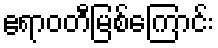
ဧရာဝတီမြစ်ကြောင်း